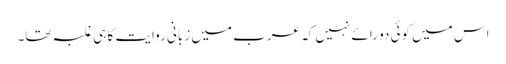
اس میں کوئی دو رائے نہیں کہ عرب میں زبانی روایت کا ہی غلبہ تھا۔